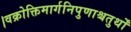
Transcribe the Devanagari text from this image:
।वक्रोक्तिमार्गनिपुणाश्चतुर्थों